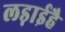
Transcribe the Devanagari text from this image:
लड़ाईहै